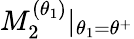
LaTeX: M_{2}^{(\theta_{1})}|_{\theta_{1}=\theta^{+}}